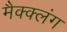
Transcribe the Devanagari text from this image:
मैक्क्लंग